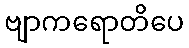
ဗျာကရောတိပေ